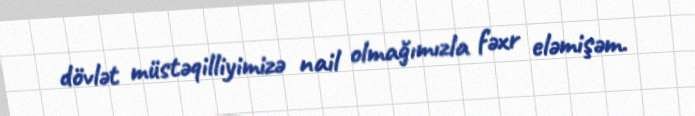
dövlət müstəqilliyimizə nail olmağımızla fəxr eləmişəm.